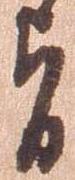
旨